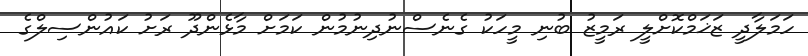
ހަމަލާދީ ޒަޚަމްކޮށްލީ ރަމީޒު ބުނި މީހަކު ގެނެސްނުދިނުމުން ކަމަށް މާޅެންދޫ ރަށު ކައުންސިލްގެ